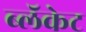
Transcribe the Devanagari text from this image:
ब्लॅकेट